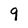
Character: 9